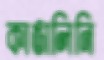
কাঙালিনি